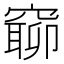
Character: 窷